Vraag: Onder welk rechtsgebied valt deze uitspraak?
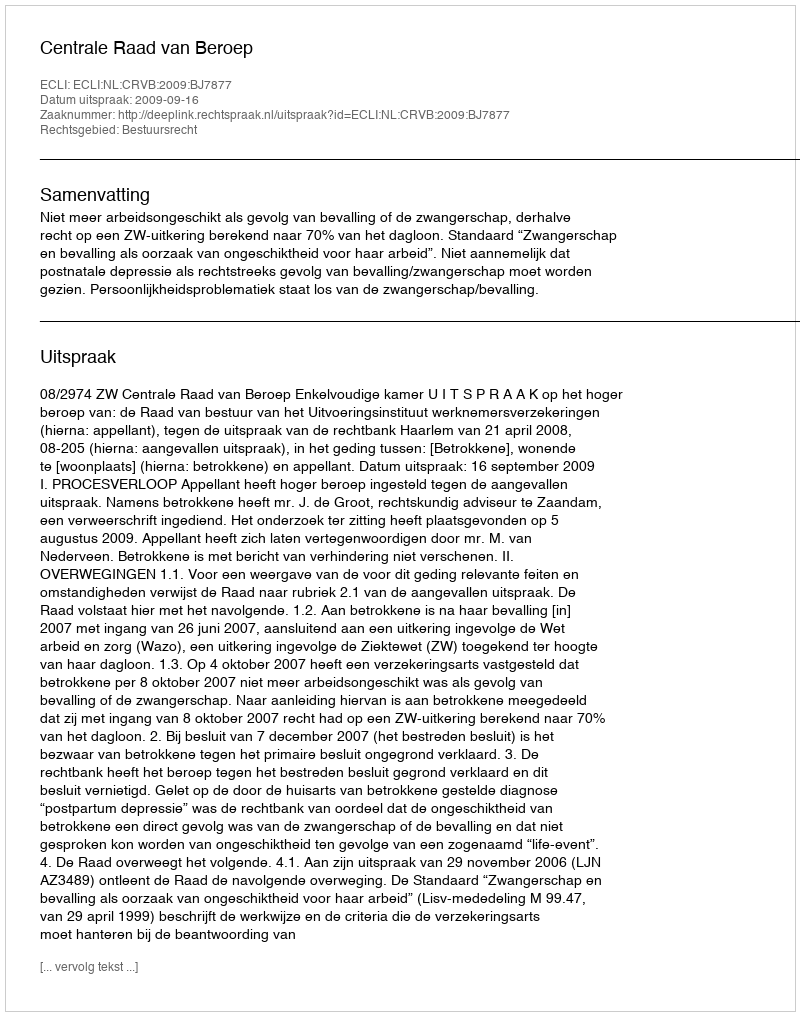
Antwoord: Bestuursrecht